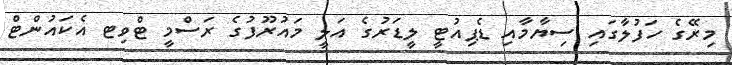
މިރޭގެ ހަފުލާގައި ސިޔާމާއި ޑެޕިއުޓީ ލީޑަރުގެ އަލީ މައުރޫފުގެ ރަސްމީ ޓްވިޓ އެކައުންޓް